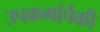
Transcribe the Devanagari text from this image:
उपक्रमांपैकी